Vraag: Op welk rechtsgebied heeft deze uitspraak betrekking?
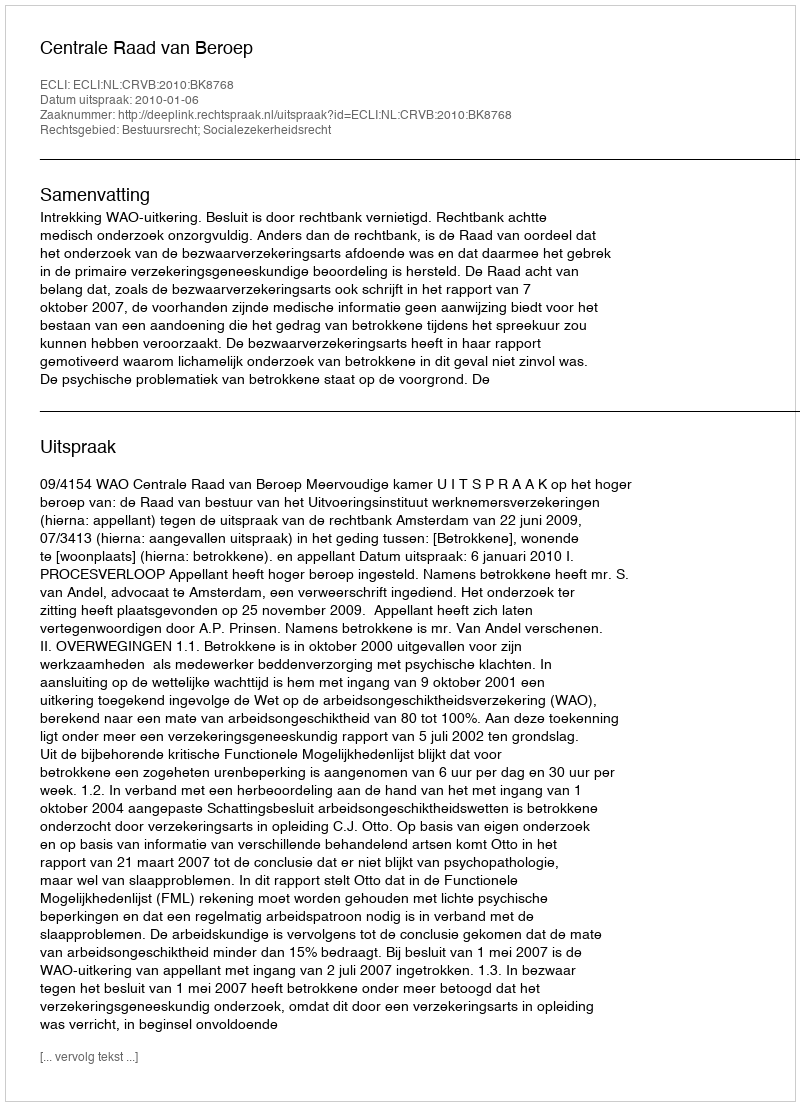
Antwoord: Bestuursrecht; Socialezekerheidsrecht